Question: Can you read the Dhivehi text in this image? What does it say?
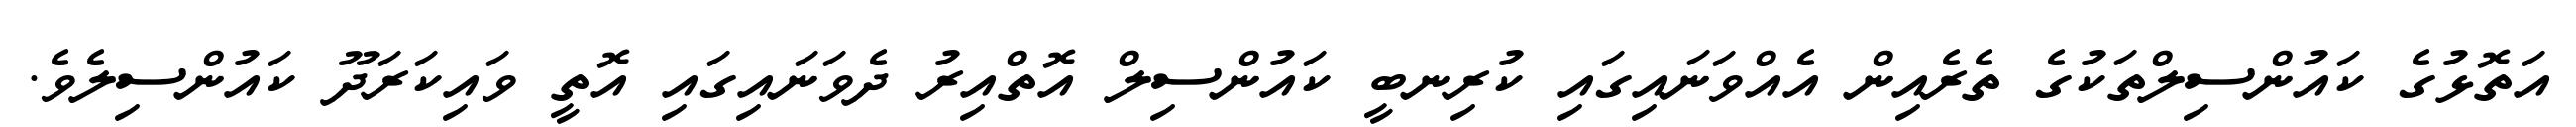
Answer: އަތޮޅުގެ ކައުންސިލްތަކުގެ ތެރެއިން އެއްވަނައިގައި ކުރިނބީ ކައުންސިލް އޮތްއިރު ދެވަނައިގައި އޮތީ ވައިކަރަދޫ ކައުންސިލެވެ.